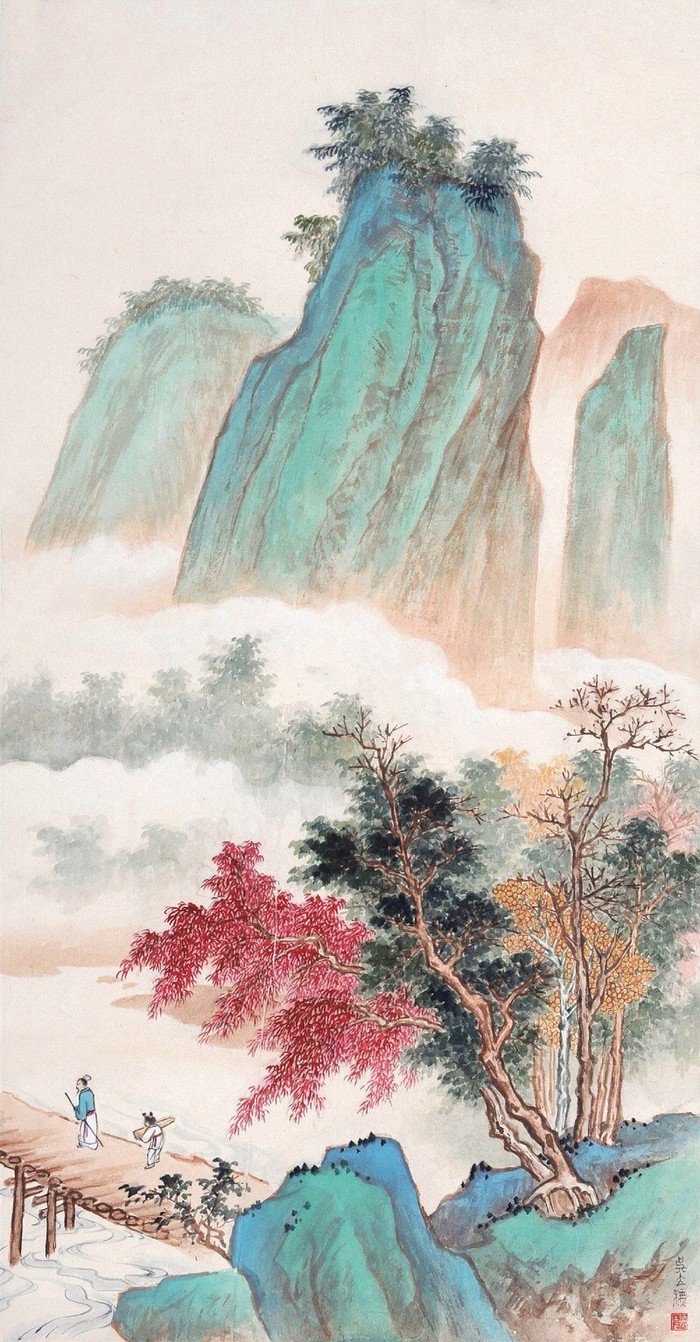
旧时茅店社林边，路转溪桥忽见。